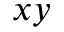
x y